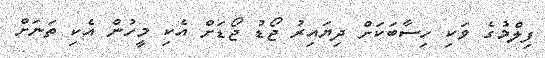
ފިލްމުގެ ވަކި ހިސާބަކަށް ދިޔައިރު ޖޯޑު ޖޯޑަށް އެކި މީހުން އެކި ތަނަށް